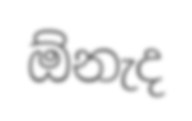
ඕනැද